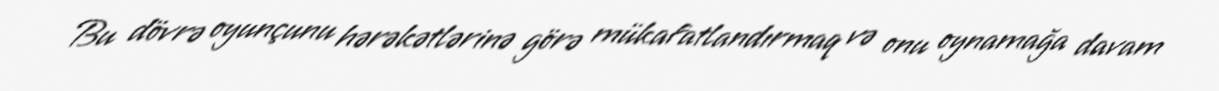
Bu dövrə oyunçunu hərəkətlərinə görə mükafatlandırmaq və onu oynamağa davam